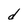
Character: d